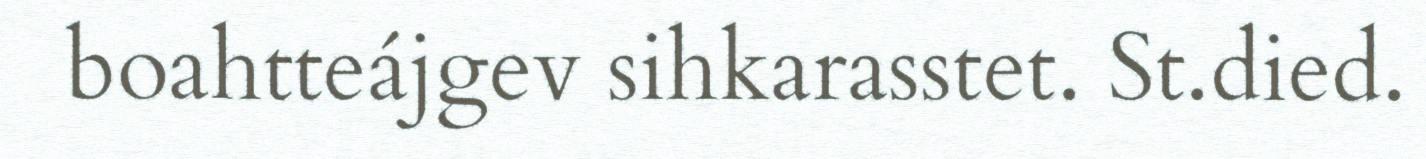
boahtteájgev sihkarasstet. St.died.